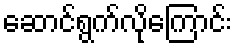
ဆောင်ရွက်လိုကြောင်း